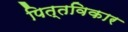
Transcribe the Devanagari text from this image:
पित्तविकार